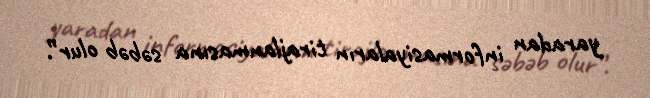
yaradan informasiyaların tirajlanmasına səbəb olur”.